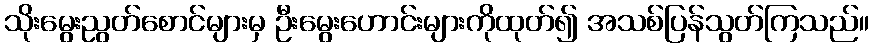
သိုးမွေးညွတ်စောင်များမှ ဦးမွေးဟောင်းများကိုထုတ်၍ အသစ်ပြန်သွတ်ကြသည်။